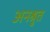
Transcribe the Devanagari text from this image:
अनश्रुत